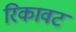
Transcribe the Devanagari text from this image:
रिकावट